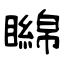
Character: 矊